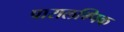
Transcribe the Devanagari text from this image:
पारालम्पिक